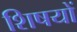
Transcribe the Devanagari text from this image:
शिषयों